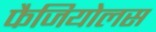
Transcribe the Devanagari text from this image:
फैजियोलस